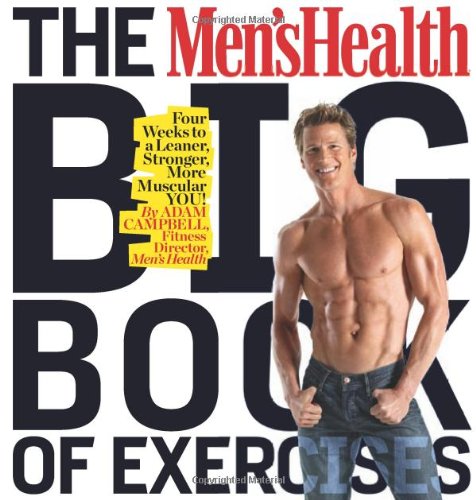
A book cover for The Men's Health Big Book of Exercises: Four Weeks to a Leaner, Stronger, More Muscular YOU!; Adam Campbell; Health, Fitness & Dieting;